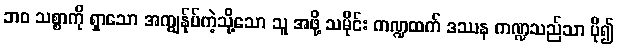
ဘဝ သစ္စာကို ရှာသော အကျွန်ုပ်ကဲ့သို့သော သူ အဖို့ သမိုင်း ကဏ္ဍထက် ဒဿန ကဏ္ဍသည်သာ ပို၍